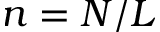
n = N / L